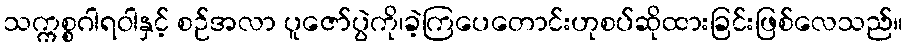
သက္ကစ္စဂါရဝါနှင့် စဉ်အလာ ပူဇော်ပွဲကို၊ခဲ့ကြပေတောင်းဟုစပ်ဆိုထားခြင်းဖြစ်လေသည်။